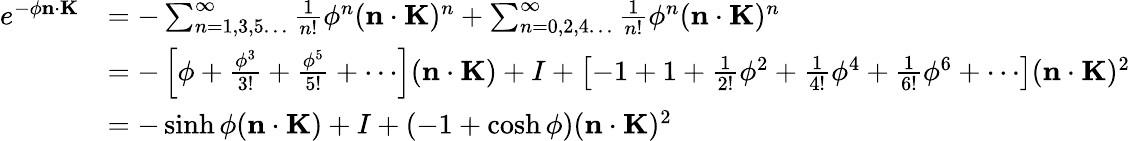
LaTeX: {\begin{array}{rl}{e^{-\phi\mathbf{n}\cdot\mathbf{K}}}&{=-\sum_{n=1,3,5\ldots}^{\infty}{\frac{1}{n!}}\phi^{n}(\mathbf{n}\cdot\mathbf{K})^{n}+\sum_{n=0,2,4\ldots}^{\infty}{\frac{1}{n!}}\phi^{n}(\mathbf{n}\cdot\mathbf{K})^{n}}\\ &{=-\left[\phi+{\frac{\phi^{3}}{3!}}+{\frac{\phi^{5}}{5!}}+\cdots\right](\mathbf{n}\cdot\mathbf{K})+I+\left[-1+1+{\frac{1}{2!}}\phi^{2}+{\frac{1}{4!}}\phi^{4}+{\frac{1}{6!}}\phi^{6}+\cdots\right](\mathbf{n}\cdot\mathbf{K})^{2}}\\ &{=-\sinh\phi(\mathbf{n}\cdot\mathbf{K})+I+(-1+\cosh\phi)(\mathbf{n}\cdot\mathbf{K})^{2}}\end{array}}